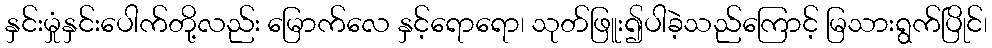
နှင်းမှုံနှင်းပေါက်တို့လည်း မြောက်လေ နှင့်ရောရော၊ သုတ်ဖြူး၍ပါခဲ့သည်ကြောင့် မြသားရွက်ပြိုင်၊